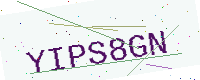
Text: YIPS8GN